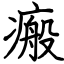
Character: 瘢